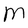
Character: M